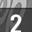
Digit: 2